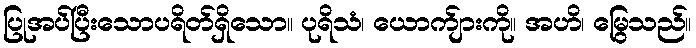
ပြုအပ်ပြီးသောပရိတ်ရှိသော။ ပုရိသံ၊ ယောက်ျားကို။ အဟိ၊ မြွေသည်။